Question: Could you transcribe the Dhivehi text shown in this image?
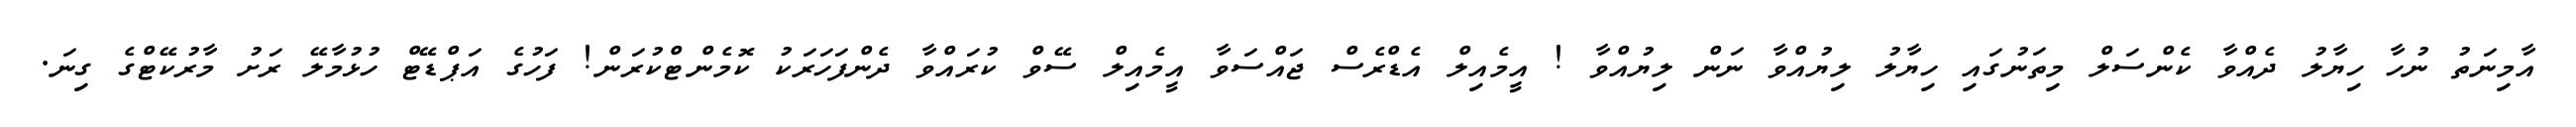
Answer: އާމިނަތު ނުހާ ހިޔާލު ދެއްވާ ކެންސަލް މިތަނުގައި ހިޔާލު ލިޔުއްވާ ނަން ލިޔުއްވާ ! އީމެއިލް އެޑްރެސް ޖައްސަވާ އީމެއިލް ސޭވް ކުރައްވާ ދެންފަހަރަކު ކޮމެންޓްކުރަން! ފަހުގެ އަޕްޑޭޓް ހުޅުމާލޭ ރަށު މާރުކޭޓްގެ ގިނަ.